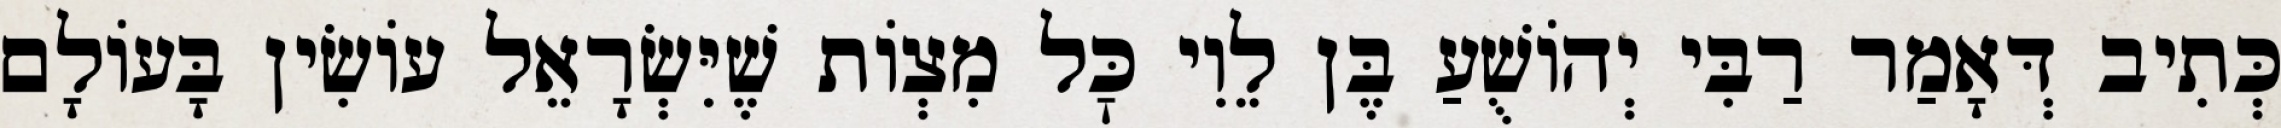
כְּתִיב דְּאָמַר רַבִּי יְהוֹשֻׁעַ בֶּן לֵוִי כׇּל מִצְוֹת שֶׁיִּשְׂרָאֵל עוֹשִׂין בָּעוֹלָם